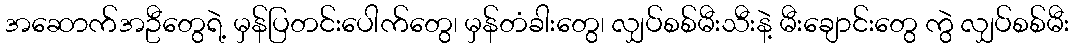
အဆောက်အဦတွေရဲ့ မှန်ပြတင်းပေါက်တွေ၊ မှန်တံခါးတွေ၊ လျှပ်စစ်မီးသီးနဲ့ မီးချောင်းတွေ ကွဲ လျှပ်စစ်မီး